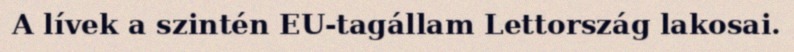
A lívek a szintén EU-tagállam Lettország lakosai.